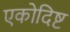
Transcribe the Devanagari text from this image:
एकोदिष्ट